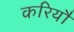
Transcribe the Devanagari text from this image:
करियौ